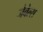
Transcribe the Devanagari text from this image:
जेवेल्स